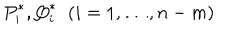
{ P } _ { i } ^ { \ast } , { Q } _ { i } ^ { \ast } \; \; ( i = 1 , \dots , n - m )